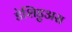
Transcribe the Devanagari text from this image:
डेशिडुअस